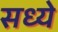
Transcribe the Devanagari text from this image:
सध्ये